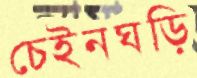
চেইনঘড়ি